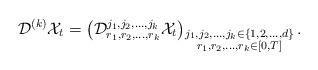
LaTeX: \begin{align*} \mathcal{D}^{(k)}\mathcal{X}_t = \left(\mathcal{D}^{j_1,j_2,\dots,j_k}_{r_1,r_2,\dots,r_k}\mathcal{X}_t\right)_{\substack{ j_1,j_2,\dots,j_k\in\{1,2,\dots, d\} \\ r_1,r_2,\dots,r_k \in [0,T]}}.\end{align*}